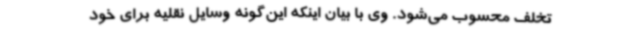
تخلف محسوب می‌شود. وی با بیان اینکه این‌گونه وسایل نقلیه برای خود